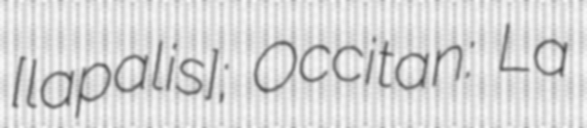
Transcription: ​[lapalis]; Occitan: La